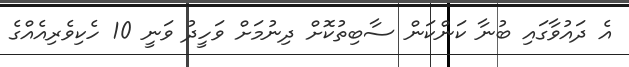
އެ ދައުވާގައި ބުނާ ކަންކަން ސާބިތުކޮށް ދިނުމަށް ވަހީދު ވަނީ 10 ހެކިވެރިއެއްގެ